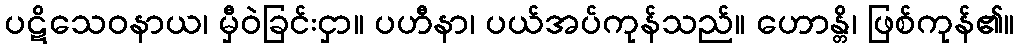
ပဋိသေဝနာယ၊ မှီဝဲခြင်းငှာ။ ပဟီနာ၊ ပယ်အပ်ကုန်သည်။ ဟောန္တိ၊ ဖြစ်ကုန်၏။